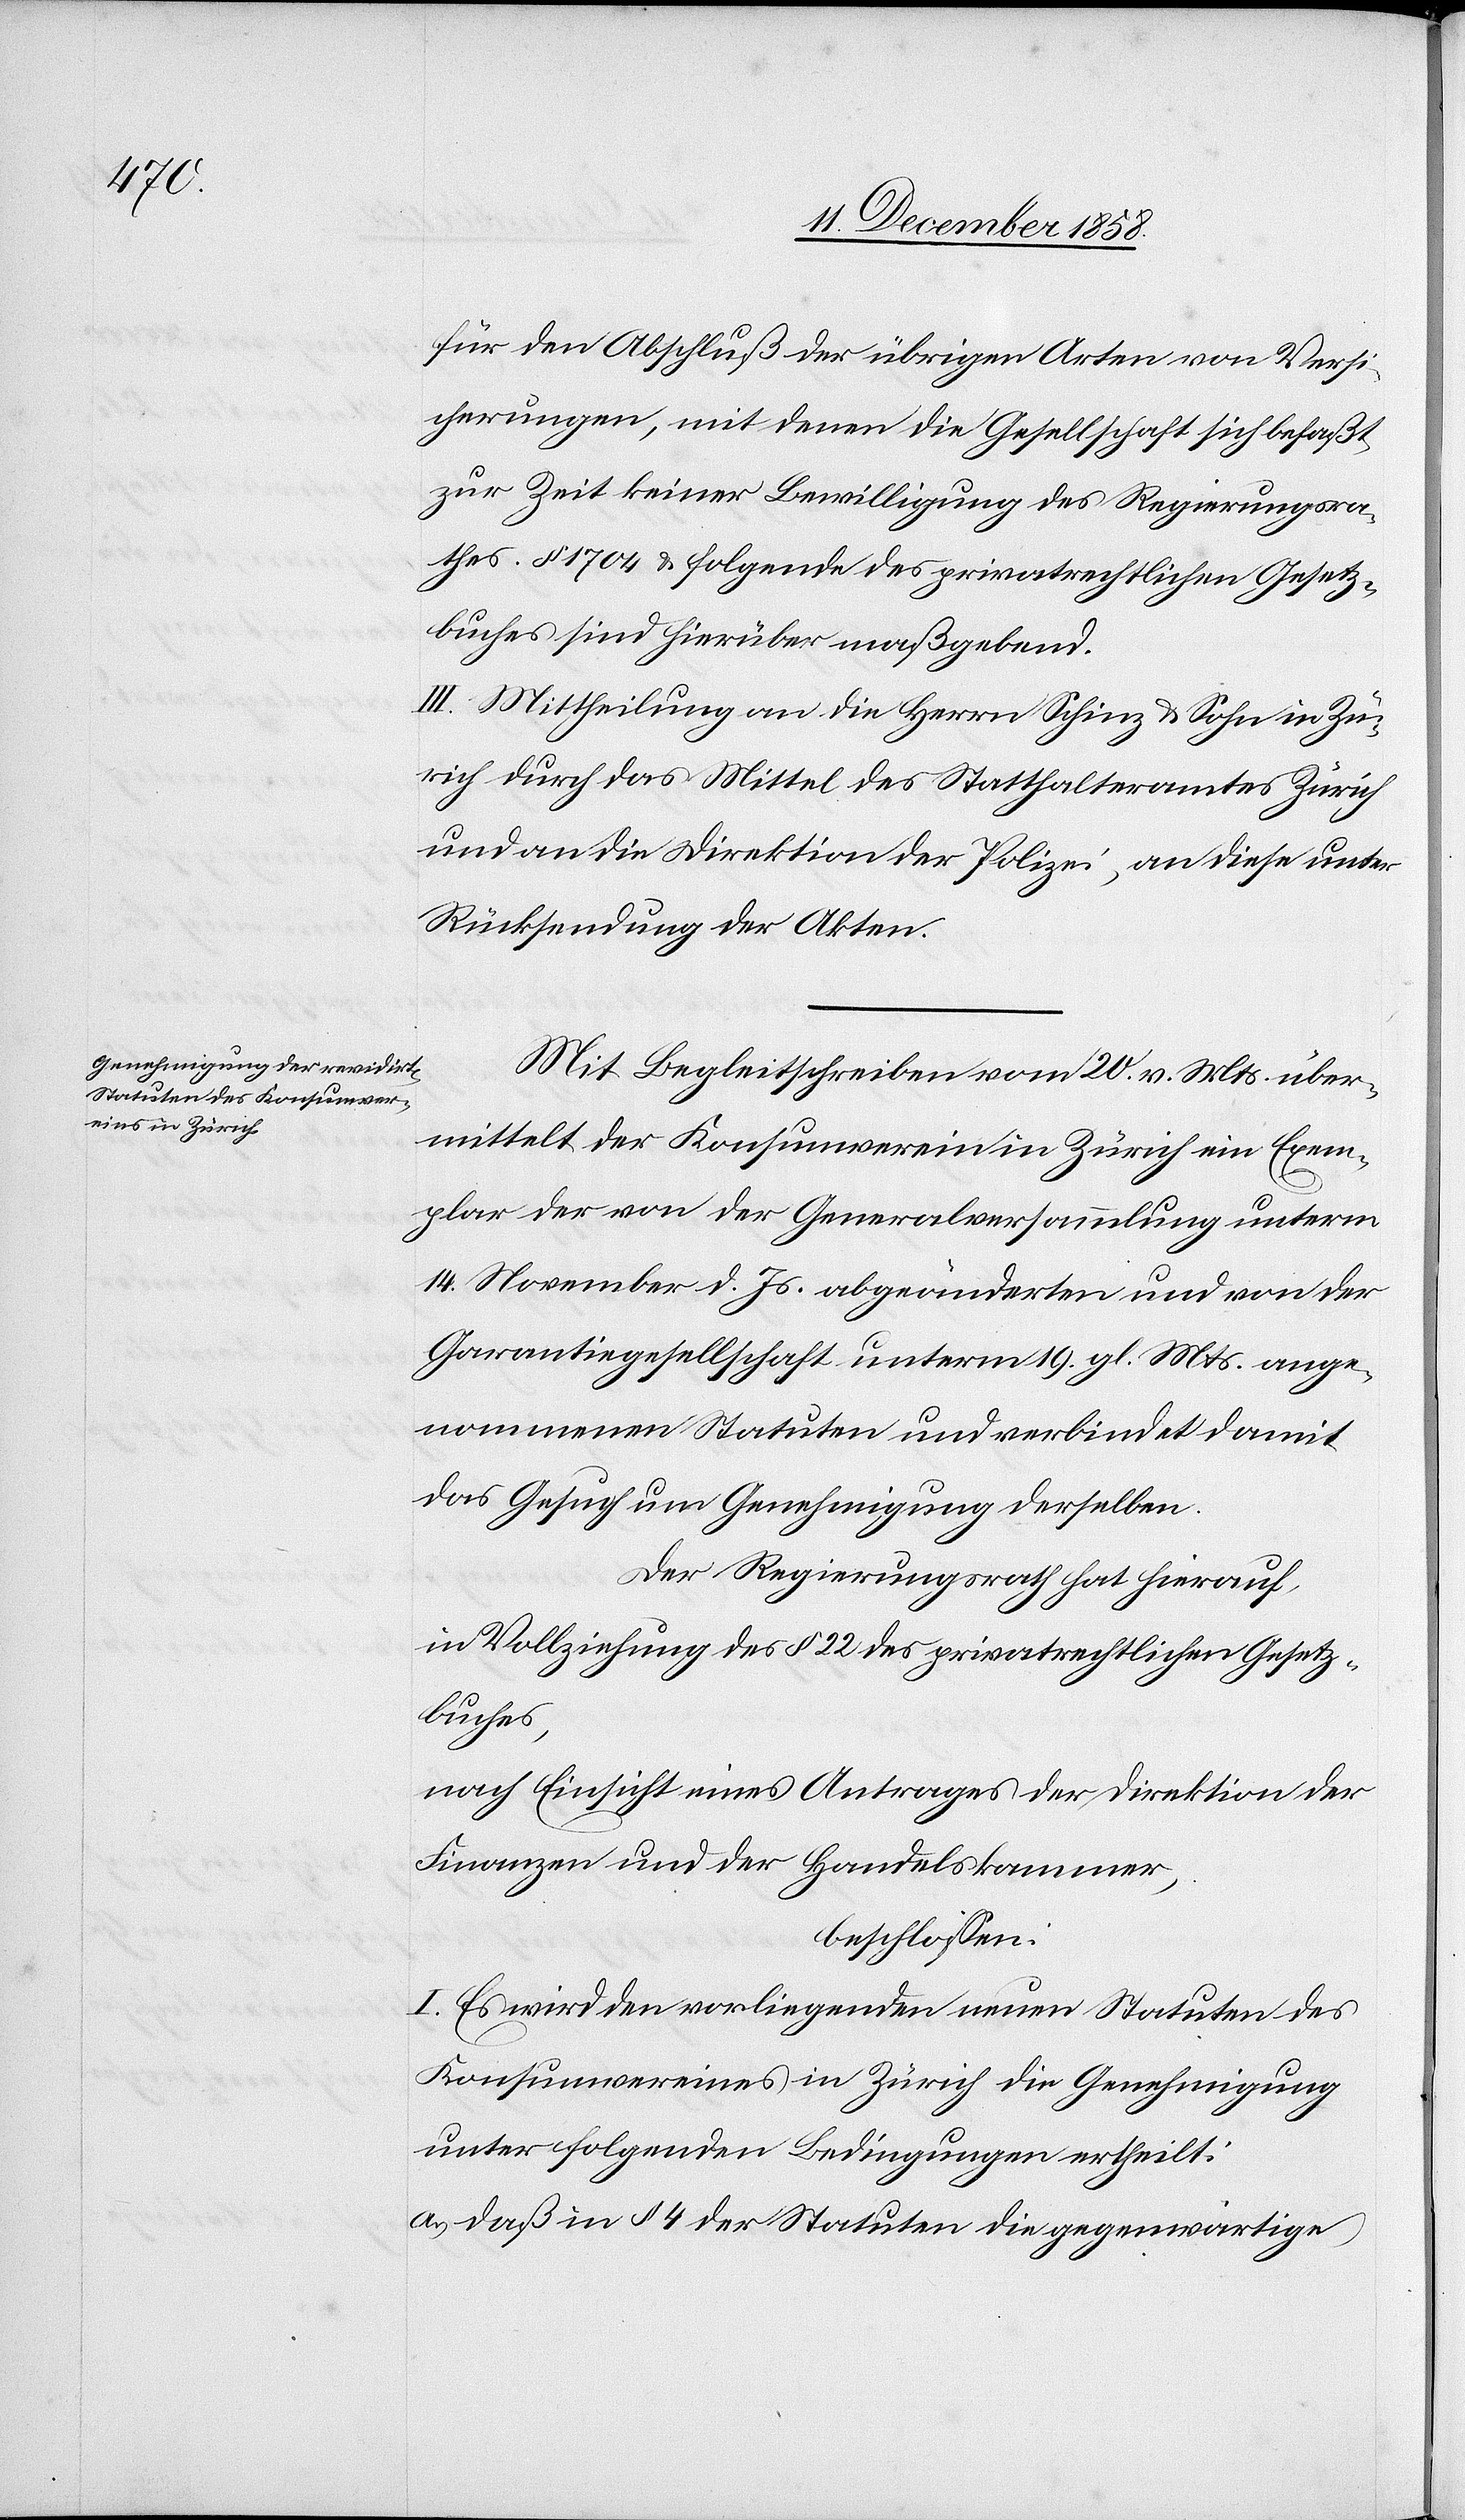
1834

früher